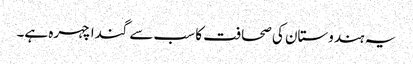
یہ ہندوستان کی صحافت کا سب سے گندا چہرہ ہے۔